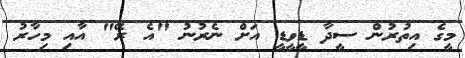
މީގެ އިތުރުން ސީދާ ޑީވީޑީ އަށް ނެރުނު "އެ ރޭ" އާއި މިހާރު